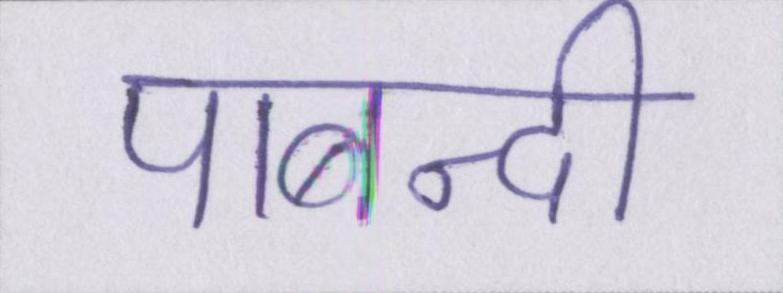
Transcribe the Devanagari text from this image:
पाबन्दी